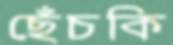
ছেঁচকি